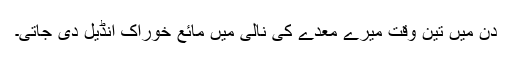
دن میں تین وقت میرے معدے کی نالی میں مائع خوراک انڈیل دی جاتی۔